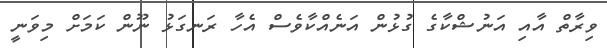
ވިރާތް އާއި އަނުޝްކާގެ ގުޅުން އަނެއްކާވެސް އެހާ ރަނގަޅު ނޫން ކަމަށް މިވަނީ